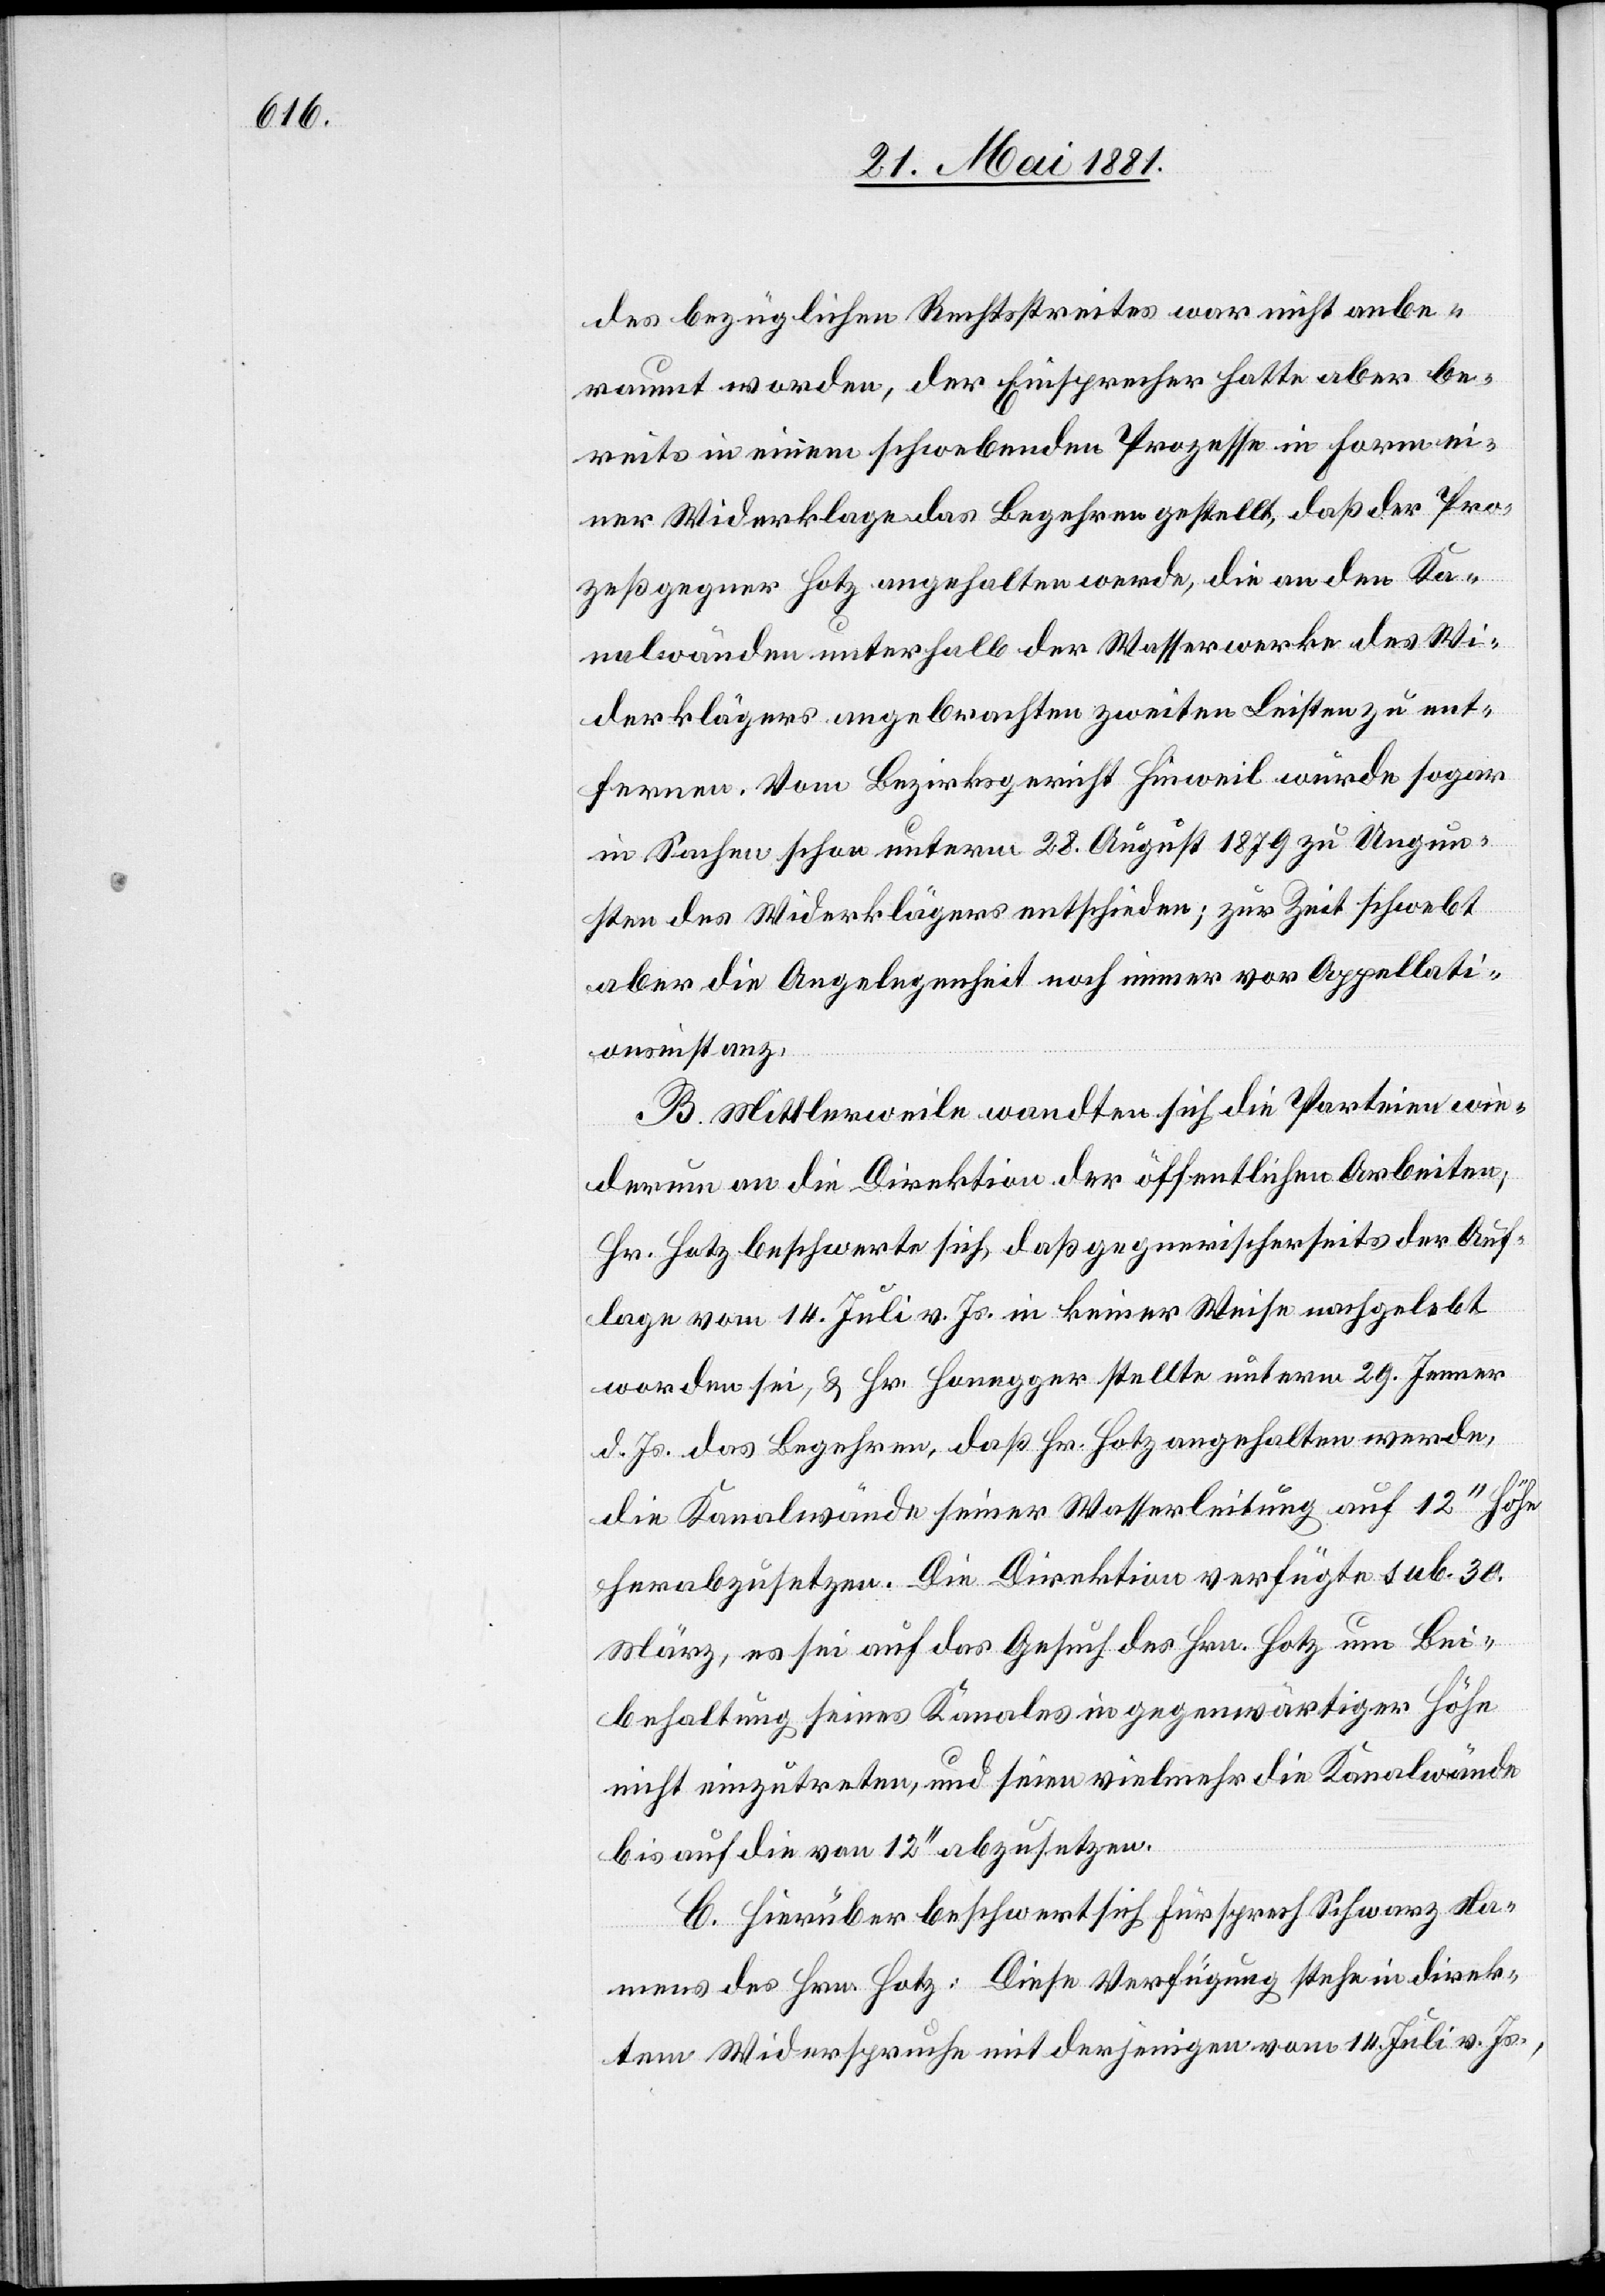
des bezüglichen Rechtsstreites war nicht anbe¬
raumt worden, der Einsprecher hatte aber be¬
reits in einem schwebenden Prozesse in Form ei¬
ner Widerklage das Begehren gestellt, daß der Pro¬
zeßgegner Hotz angehalten werde, die an den Ka¬
nalwänden unterhalb der Wasserwerke des Wi¬
derklägers angebrachten zweiten Leisten zu ent¬
fernen. Vom Bezirksgericht Hinweil wurde sogar
in Sachen schon unterm 28. August 1879 zu Ungun¬
sten des Widerklägers entschieden; zur Zeit schwebt
aber die Angelegenheit noch immer vor Appellati¬
onsinstanz.
B. Mittlerweile wandten sich die Parteien wie¬
derum an die Direktion der öffentlichen Arbeiten,
Hr. Hotz beschwerte sich, daß gegnerischerseits der Auf¬
lage vom 14. Juli v. Js. in keiner Weise nachgelebt
worden sei, & Hr. Honegger stellte unterm 29. Jenner
d. Js. das Begehren, daß Hr. Hotz angehalten werde,
die Kanalwände seiner Wasserleitung auf 12‘‘ Höhe
herabzusetzen. Die Direktion verfügte sub. 30.
März, es sei auf das Gesuch in gegenwärtiger Höhe
nicht einzutreten, und seien vielmehr die Kanalwände
bis auf die von 12‘‘ abzusetzen.
C. Hierüber beschwert sich Fürsprech Schwarz Na¬
mens des Hrn. Hotz: Diese Verfügung stehe in direk¬
tem Widerspruch mit derjenigen vom 14. Juli v. Js.,